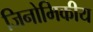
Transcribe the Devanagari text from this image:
जिनोमिकीय